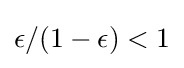
\epsilon /(1-\epsilon )<1